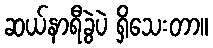
ဆယ်နာရီခွဲပဲ ရှိသေးတာ။